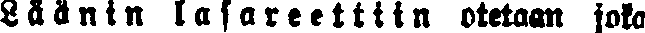
Läänin lasarettiin otetaan joka